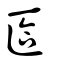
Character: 匼